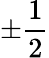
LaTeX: \pm\frac{1}{2}